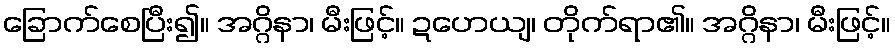
ခြောက်စေပြီး၍။ အဂ္ဂိနာ၊ မီးဖြင့်။ ဍဟေယျ၊ တိုက်ရာ၏။ အဂ္ဂိနာ၊ မီးဖြင့်။